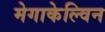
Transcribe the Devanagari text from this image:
मेगाकेल्विन